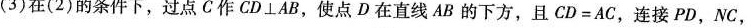
(3)在(2)的条件下，过点C作CD⊥AB，使点D在直线AB的下方，且CD=AC，连接PD，NC，